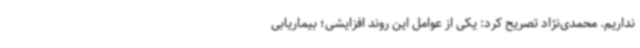
نداریم. محمدی‌نژاد تصریح کرد: یکی از عوامل این روند افزایشی؛ بیماریابی